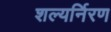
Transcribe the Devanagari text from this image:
शल्यर्निरण